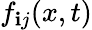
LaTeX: f_{\mathbf{i}j}(x,t)